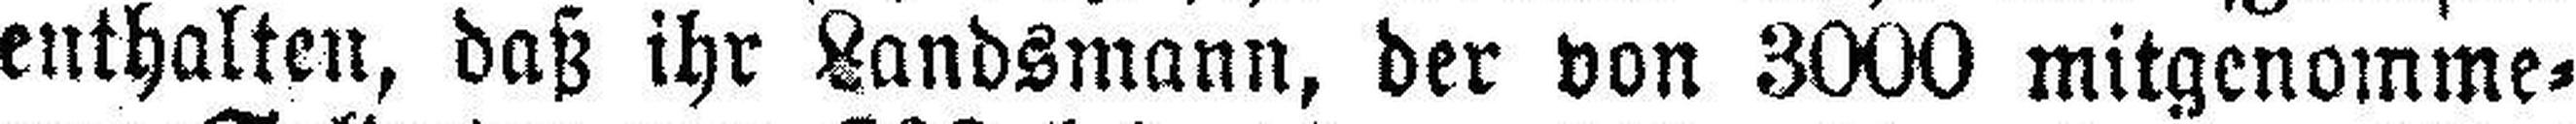
enthalten, daß ihr Landsmann, der von 3000 mitgenomme¬